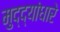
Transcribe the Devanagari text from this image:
मुद्द्यांधारे